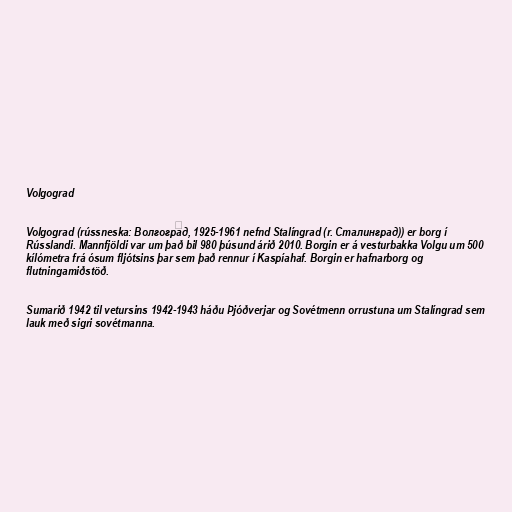
Volgograd

Volgograd (rússneska: Волгогра́д, 1925-1961 nefnd Stalíngrad (r. Сталинград)) er borg í
Rússlandi. Mannfjöldi var um það bil 980 þúsund árið 2010. Borgin er á vesturbakka Volgu um 500
kílómetra frá ósum fljótsins þar sem það rennur í Kaspíahaf. Borgin er hafnarborg og
flutningamiðstöð.

Sumarið 1942 til vetursins 1942-1943 háðu Þjóðverjar og Sovétmenn orrustuna um Stalíngrad sem
lauk með sigri sovétmanna.